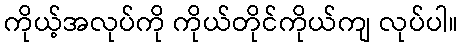
ကိုယ့်အလုပ်ကို ကိုယ်တိုင်ကိုယ်ကျ လုပ်ပါ။